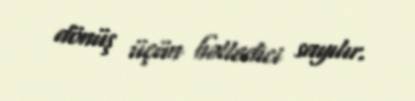
dönüş üçün həlledici sayılır.